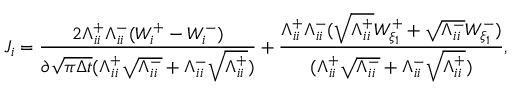
J _ { i } = \frac { 2 \Lambda _ { i i } ^ { + } \Lambda _ { i i } ^ { - } ( W _ { i } ^ { + } - W _ { i } ^ { - } ) } { \partial \sqrt { \pi \Delta t } ( \Lambda _ { i i } ^ { + } \sqrt { \Lambda _ { i i } ^ { - } } + \Lambda _ { i i } ^ { - } \sqrt { \Lambda _ { i i } ^ { + } } ) } + \frac { \Lambda _ { i i } ^ { + } \Lambda _ { i i } ^ { - } ( \sqrt { \Lambda _ { i i } ^ { + } } W _ { \xi _ { 1 } } ^ { + } + \sqrt { \Lambda _ { i i } ^ { - } } W _ { \xi _ { 1 } } ^ { - } ) } { ( \Lambda _ { i i } ^ { + } \sqrt { \Lambda _ { i i } ^ { - } } + \Lambda _ { i i } ^ { - } \sqrt { \Lambda _ { i i } ^ { + } } ) } ,